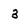
Character: 3